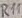
Text: R11